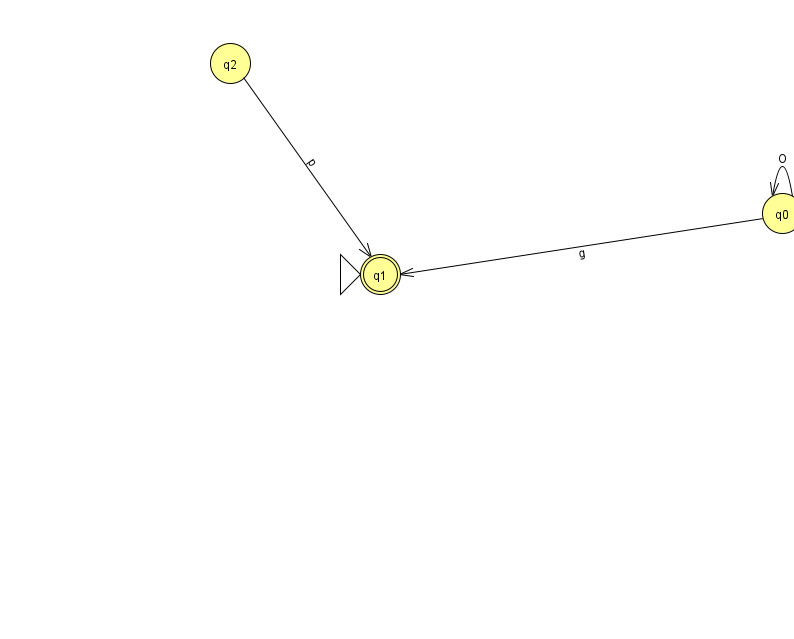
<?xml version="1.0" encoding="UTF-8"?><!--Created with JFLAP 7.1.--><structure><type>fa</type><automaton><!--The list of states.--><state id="0" name="q0"><x>782.0</x><y>200.0</y></state><state id="1" name="q1"><x>380.0</x><y>261.0</y><initial/><final/></state><state id="2" name="q2"><x>230.0</x><y>50.0</y></state><!--The list of transitions.--><transition><from>2</from><to>1</to><read>p</read></transition><transition><from>0</from><to>1</to><read>g</read></transition><transition><from>0</from><to>0</to><read>O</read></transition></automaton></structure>